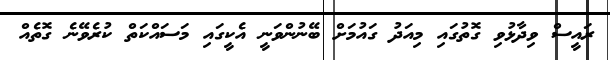
ރައީސް ވިދާޅުވި ގޮތުގައި މިއަދު ގައުމަަށް ބޭނުންވަނީ އެކީގައި މަސައްކަތް ކުރެވޭނެ ގޮތެއް